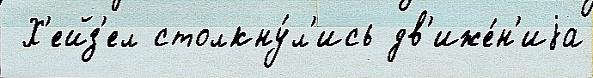
 Х'ейз'ел столкну́л'ись дв'иже́н'иjа